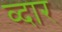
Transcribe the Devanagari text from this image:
व्दार